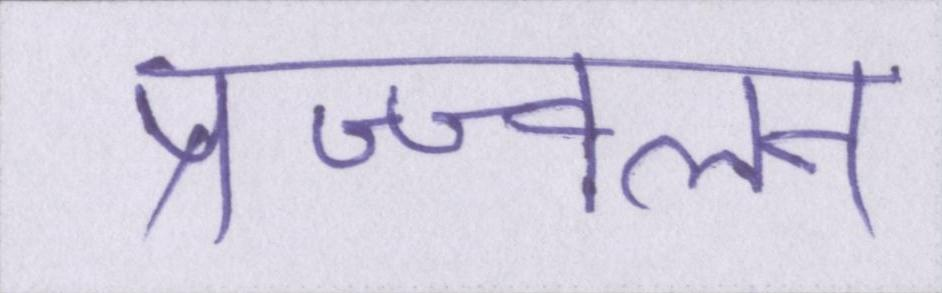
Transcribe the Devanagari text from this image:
प्रज्ज्वलन